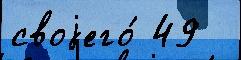
своjего́ 49